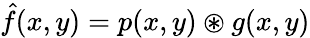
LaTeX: \hat{f}(x,y)=p(x,y)\circledast g(x,y)